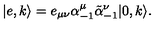
| e , k \rangle = e _ { \mu \nu } \alpha _ { - 1 } ^ { \mu } \tilde { \alpha } _ { - 1 } ^ { \nu } | 0 , k \rangle .